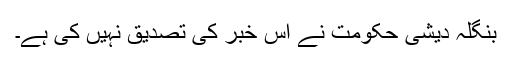
بنگلہ دیشی حکومت نے اس خبر کی تصدیق نہیں کی ہے۔